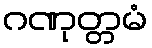
ဂဏုတ္တမံ